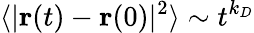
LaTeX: \langle|{\mathbf{r}}(t)-{\mathbf{r}}(0)|^{2}\rangle\sim t^{k_{D}}